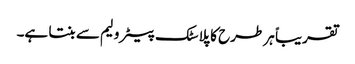
تقریباً ہر طرح کا پلاسٹک پیٹرولیم سے بنتا ہے۔